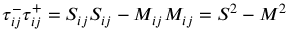
\tau _ { i j } ^ { - } \tau _ { i j } ^ { + } = S _ { i j } S _ { i j } - M _ { i j } M _ { i j } = S ^ { 2 } - M ^ { 2 }